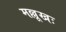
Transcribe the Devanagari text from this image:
मल्लूखः